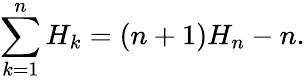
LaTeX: \sum_{k=1}^{n}H_{k}=(n+1)H_{n}-n.